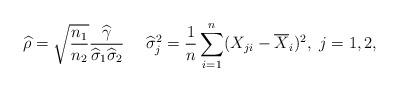
LaTeX: \begin{align*} \widehat{\rho} = \sqrt{\frac{n_1}{n_2}} \frac{ \widehat{\gamma} }{ \widehat{\sigma}_1 \widehat{\sigma}_2 } \ \ \ \ \widehat{\sigma}_j^2 = \frac{1}{n} \sum_{i=1}^n (X_{ji} - \overline{X}_i)^2, \ j = 1,2,\end{align*}